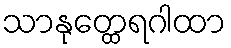
သာနုတ္ထေရဂါထာ